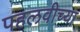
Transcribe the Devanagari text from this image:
पहलवीच्या